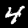
Digit: 4